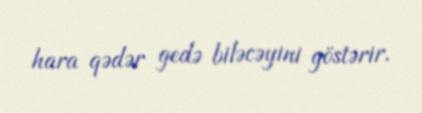
hara qədər gedə biləcəyini göstərir.